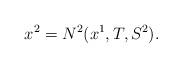
LaTeX: \begin{align*} x^2 = N^2(x^1,T,S^2).\end{align*}